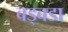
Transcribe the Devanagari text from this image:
बड्बडा